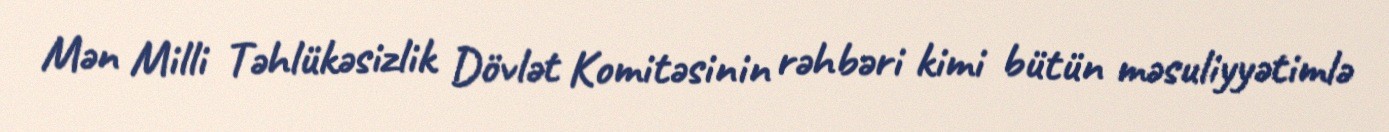
Mən Milli Təhlükəsizlik Dövlət Komitəsinin rəhbəri kimi bütün məsuliyyətimlə